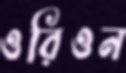
ওরিওন